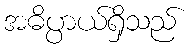
အဓိပ္ပာယ်ရှိသည်